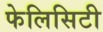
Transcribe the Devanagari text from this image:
फेलिसिटी